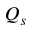
Q _ { s }